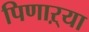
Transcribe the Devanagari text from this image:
पिणाऱ्या